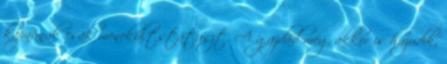
kapnának csak menekültstátuszt. A gazdád még akkor is hazudik,